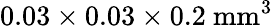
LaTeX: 0.03\times 0.03\times 0.2~\mathrm{mm}^{3}